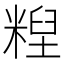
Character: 𰫄